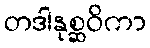
တဒါနုစ္ဆဝိကာ